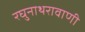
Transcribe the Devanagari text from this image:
रघुनाथरावाणी